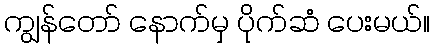
ကျွန်တော် နောက်မှ ပိုက်ဆံ ပေးမယ်။